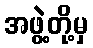
အဖွဲ့တို့မှ